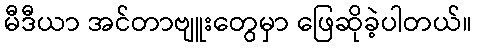
မီဒီယာ အင်တာဗျူးတွေမှာ ဖြေဆိုခဲ့ပါတယ်။